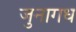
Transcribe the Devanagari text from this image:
जुनागध